Scottish Certificate of Education, 1963
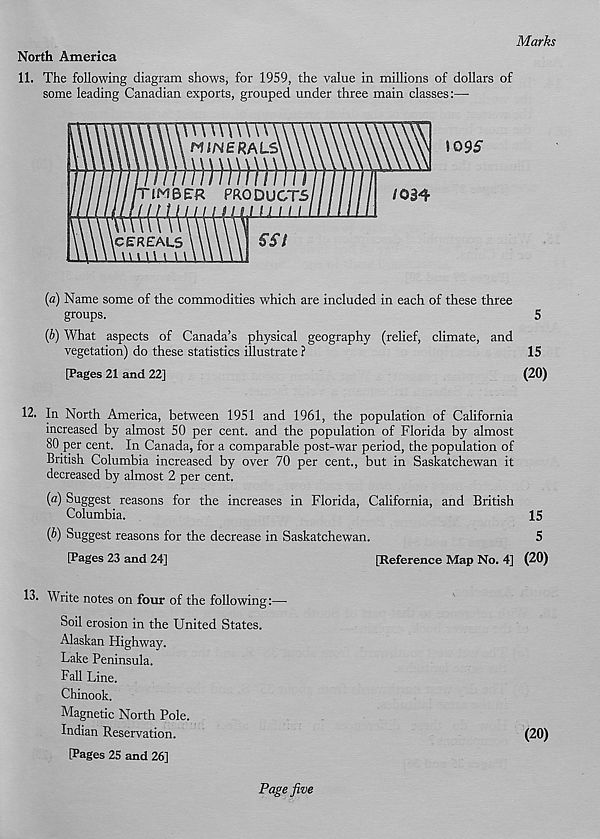
Marks
North America
11. The following diagram shows, for 1959, the value in millions of dollars of
some leading Canadian exports, grouped under three main classes:—
1095
[а) Name some of the commodities which are included in each of these three
groups.
5
(б) What aspects of Canada’s physical geography (relief, climate, and
vegetation) do these statistics illustrate ?
15
[Pages 21 and 22]
(20)
12. In North America, between 1951 and 1961, the population of California
increased by almost 50 per cent, and the population of Florida by almost
80 per cent. In Canada, for a comparable post-war period, the population of
British Columbia increased by over 70 per cent., but in Saskatchewan it
decreased by almost 2 per cent.
[a) Suggest reasons for the increases in Florida, California, and British
Columbia.
15
(b) Suggest reasons for the decrease in Saskatchewan.
5
[Pages 23 and 24]
[Reference Map No. 4] (20)
13. Write notes on four of the following:—
Soil erosion in the United States.
Alaskan Highway.
Lake Peninsula.
Fall Line.
Chinook.
Magnetic North Pole.
Indian Reservation.
(20)
[Pages 25 and 26]
Page five